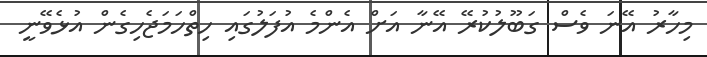
މިހާރު އޭނަ ވެސް ގަބޫލުކުރޭ އޭނާ އަށް އެންމެ އުފަލުގައި ހިތްހަމަޖެހިގެން އުޅެވޭނީ